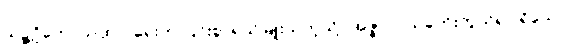
သဉ္ဇဂ္ဃိတောယထာ၊ ရှေးက ပြင်းစွာရယ်မြူးသကဲ့သို့။ အဇ္ဇာပိ၊ ယခုကိုးကွယ်ရာ ရှိသော